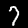
Digit: 7